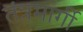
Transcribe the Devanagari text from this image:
तंत्रमार्गी